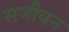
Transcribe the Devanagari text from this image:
सजीवन